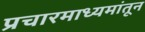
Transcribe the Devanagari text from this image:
प्रचारमाध्यमांतून